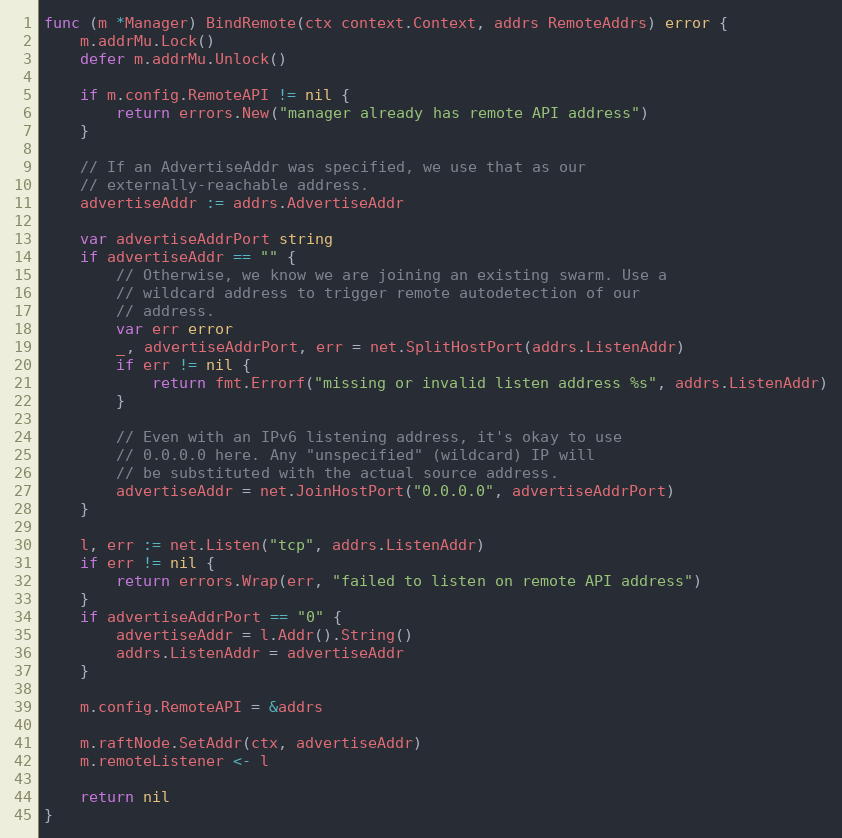
Language: Go
func (m *Manager) BindRemote(ctx context.Context, addrs RemoteAddrs) error {
	m.addrMu.Lock()
	defer m.addrMu.Unlock()

	if m.config.RemoteAPI != nil {
		return errors.New("manager already has remote API address")
	}

	// If an AdvertiseAddr was specified, we use that as our
	// externally-reachable address.
	advertiseAddr := addrs.AdvertiseAddr

	var advertiseAddrPort string
	if advertiseAddr == "" {
		// Otherwise, we know we are joining an existing swarm. Use a
		// wildcard address to trigger remote autodetection of our
		// address.
		var err error
		_, advertiseAddrPort, err = net.SplitHostPort(addrs.ListenAddr)
		if err != nil {
			return fmt.Errorf("missing or invalid listen address %s", addrs.ListenAddr)
		}

		// Even with an IPv6 listening address, it's okay to use
		// 0.0.0.0 here. Any "unspecified" (wildcard) IP will
		// be substituted with the actual source address.
		advertiseAddr = net.JoinHostPort("0.0.0.0", advertiseAddrPort)
	}

	l, err := net.Listen("tcp", addrs.ListenAddr)
	if err != nil {
		return errors.Wrap(err, "failed to listen on remote API address")
	}
	if advertiseAddrPort == "0" {
		advertiseAddr = l.Addr().String()
		addrs.ListenAddr = advertiseAddr
	}

	m.config.RemoteAPI = &addrs

	m.raftNode.SetAddr(ctx, advertiseAddr)
	m.remoteListener <- l

	return nil
}